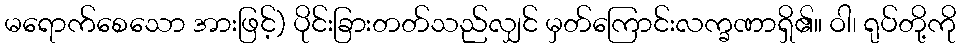
မရောက်စေသော အားဖြင့်) ပိုင်းခြားတတ်သည်လျှင် မှတ်ကြောင်းလက္ခဏာရှိ၏။ ဝါ၊ ရုပ်တို့ကို